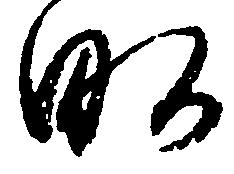
畝